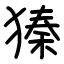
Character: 獉